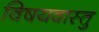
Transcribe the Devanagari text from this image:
विषयवास्तु